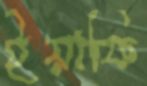
ইয়াফি